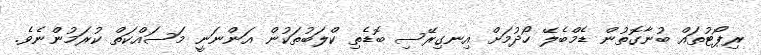
ރިޕޯޓުތައް ބުނާގޮތުން ޑެމްބެލޭ ހޯދުމަށް އިނގިރޭސި ބޮޑެތި ކްލަބުތަކުން އަންނަނީ މަސައްކަތް ކުރަމުންނެވެ.